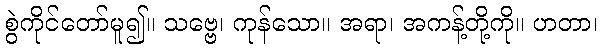
စွဲကိုင်တော်မူ၍။ သဗ္ဗေ၊ ကုန်သော။ အရာ၊ အကန့်တို့ကို။ ဟတာ၊